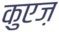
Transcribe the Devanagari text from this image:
कुएज़